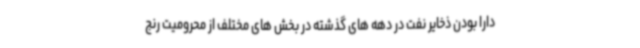
دارا بودن ذخایر نفت در دهه های گذشته در بخش های مختلف از محرومیت رنج